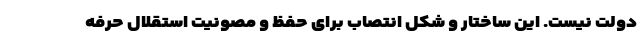
دولت نیست. این ساختار و شکل انتصاب برای حفظ و مصونیت استقلال حرفه